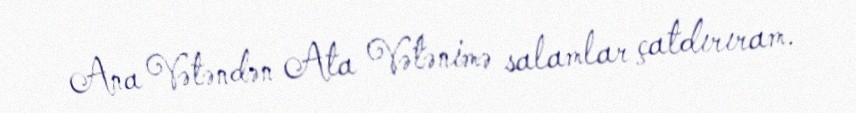
Ana Vətəndən Ata Vətənimə salamlar çatdırıram.